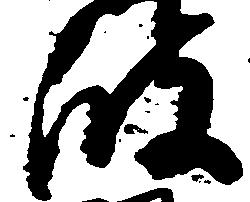
波